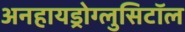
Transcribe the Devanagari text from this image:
अनहायड्रोग्लुसिटॉल